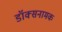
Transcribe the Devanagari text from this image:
डॉक्सनामक